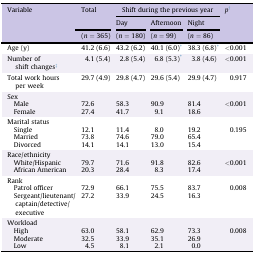
<table><thead><tr><td rowspan="3"><b>Variable</b></td><td rowspan="2"><b>Total</b></td><td colspan="3"><b>Shift during the previous year</b></td><td rowspan="3"><b><i>p</i>†</b></td></tr><tr><td><b>Day</b></td><td><b>Afternoon</b></td><td><b>Night</b></td></tr><tr><td><b>(<i>n</i> = 365)</b></td><td><b>(<i>n</i> = 180)</b></td><td><b>(<i>n</i> = 99)</b></td><td><b>(<i>n</i> = 86)</b></td></tr></thead><tbody><tr><td>Age (y)</td><td>41.2 (6.6)</td><td>43.2 (6.2)</td><td>40.1 (6.0)∗</td><td>38.3 (6.8)∗</td><td>&lt;0.001</td></tr><tr><td>Number of shift changes‡</td><td>4.1 (5.4)</td><td>2.8 (5.4)</td><td>6.8 (5.3)∗</td><td>3.8 (4.6)</td><td>&lt;0.001</td></tr><tr><td>Total work hours per week</td><td>29.7 (4.9)</td><td>29.8 (4.7)</td><td>29.6 (5.4)</td><td>29.9 (4.7)</td><td>0.917</td></tr><tr><td colspan="6">Sex</td></tr><tr><td> Male</td><td>72.6</td><td>58.3</td><td>90.9</td><td>81.4</td><td>&lt;0.001</td></tr><tr><td> Female</td><td>27.4</td><td>41.7</td><td>9.1</td><td>18.6</td><td></td></tr><tr><td colspan="6">Marital status</td></tr><tr><td> Single</td><td>12.1</td><td>11.4</td><td>8.0</td><td>19.2</td><td>0.195</td></tr><tr><td> Married</td><td>73.8</td><td>74.6</td><td>79.0</td><td>65.4</td><td></td></tr><tr><td> Divorced</td><td>14.1</td><td>14.1</td><td>13.0</td><td>15.4</td><td></td></tr><tr><td colspan="6">Race/ethnicity</td></tr><tr><td> White/Hispanic</td><td>79.7</td><td>71.6</td><td>91.8</td><td>82.6</td><td>&lt;0.001</td></tr><tr><td> African American</td><td>20.3</td><td>28.4</td><td>8.3</td><td>17.4</td><td></td></tr><tr><td colspan="6">Rank</td></tr><tr><td> Patrol officer</td><td>72.9</td><td>66.1</td><td>75.5</td><td>83.7</td><td>0.008</td></tr><tr><td> Sergeant/lieutenant/captain/detective/executive</td><td>27.2</td><td>33.9</td><td>24.5</td><td>16.3</td><td></td></tr><tr><td colspan="6">Workload</td></tr><tr><td> High</td><td>63.0</td><td>58.1</td><td>62.9</td><td>73.3</td><td>0.008</td></tr><tr><td> Moderate</td><td>32.5</td><td>33.9</td><td>35.1</td><td>26.9</td><td></td></tr><tr><td> Low</td><td>4.5</td><td>8.1</td><td>2.1</td><td>0.0</td><td></td></tr></tbody></table>